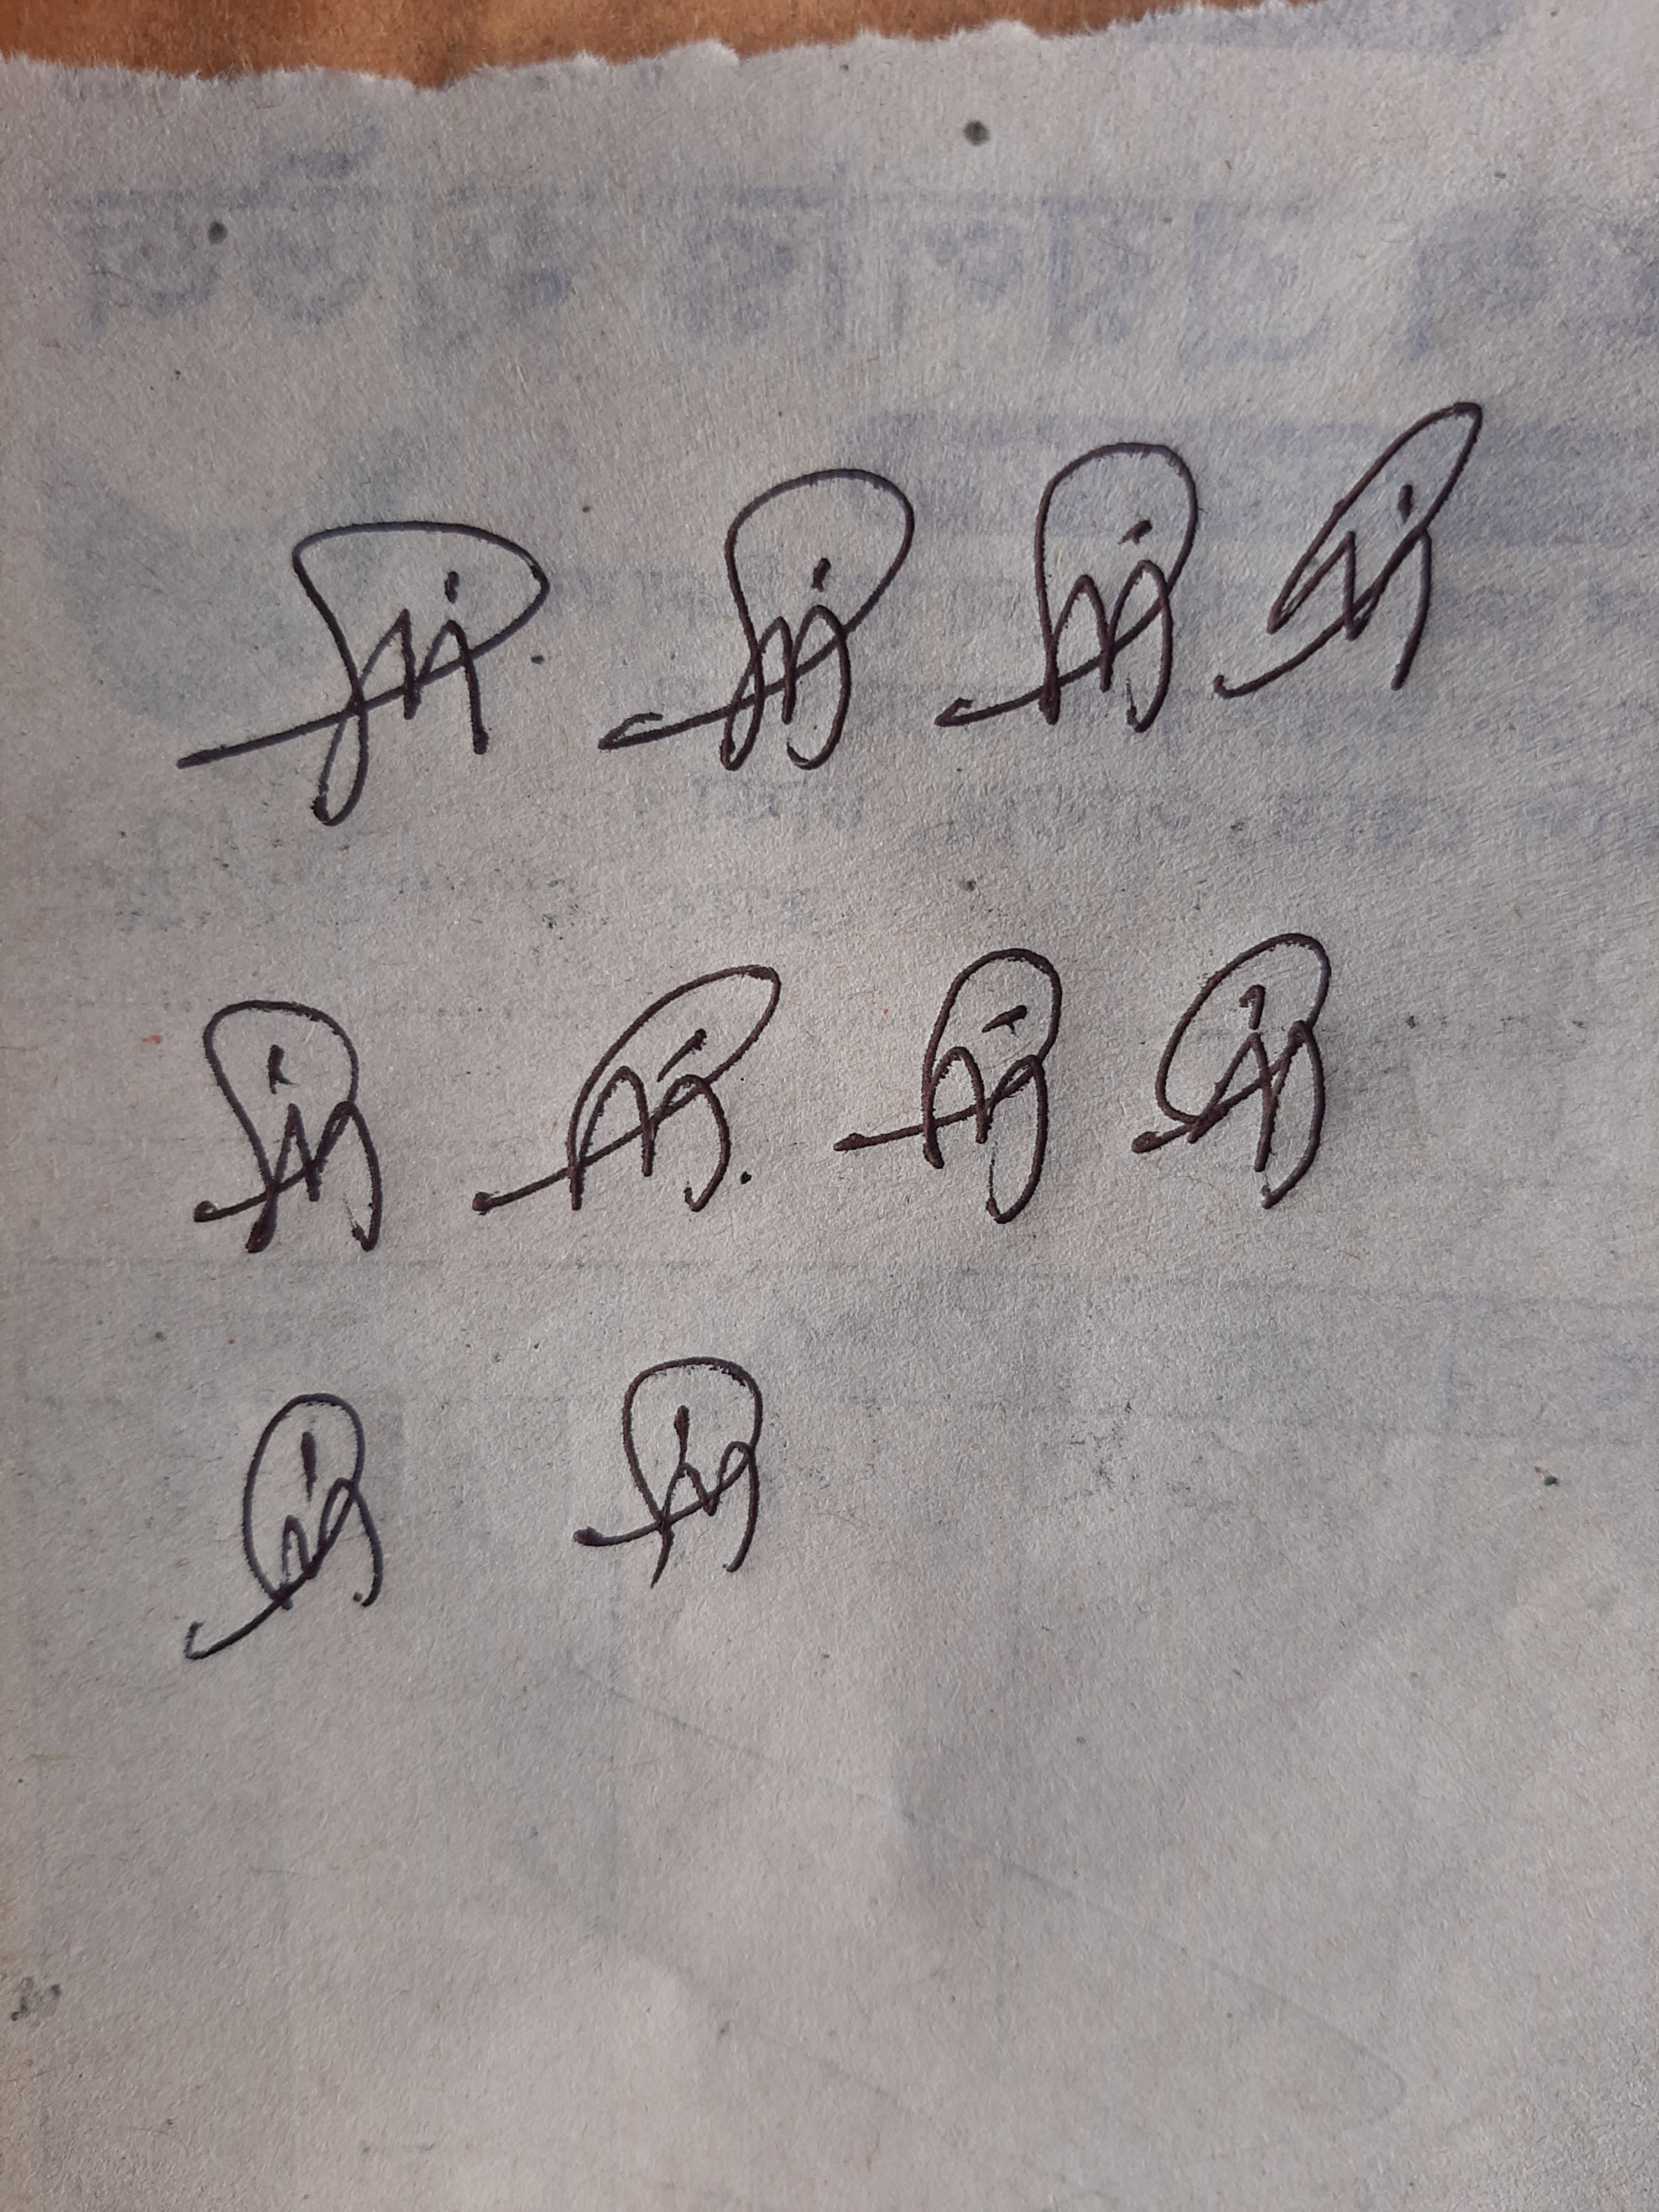
Signature authenticity: genuine